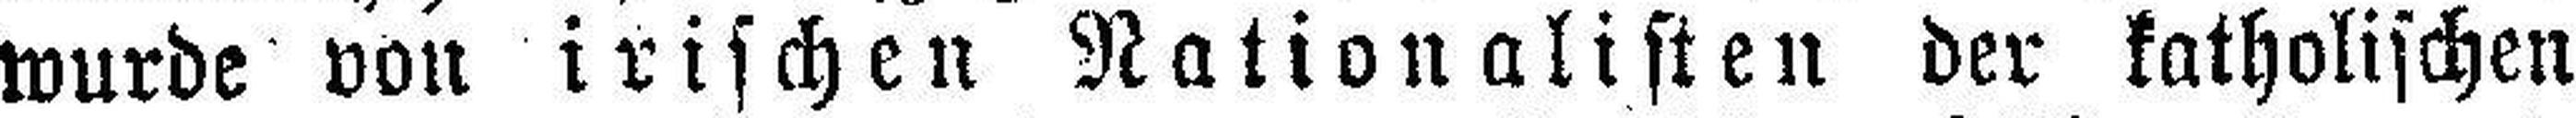
wurde von irischen Nationalisten der katholischen